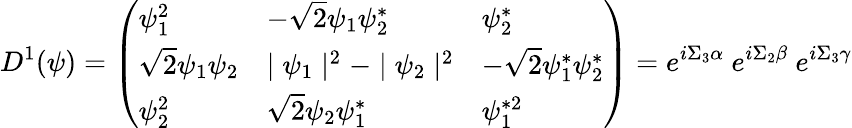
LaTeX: D^{1}(\psi)=\left(\begin{array}{lll}{{\psi_{1}^{2}}}&{{-\sqrt{2}\psi_{1}\psi_{2}^{*}}}&{{\psi_{2}^{*}}}\\ {{\sqrt{2}\psi_{1}\psi_{2}}}&{{\mid\psi_{1}\mid^{2}-\mid\psi_{2}\mid^{2}}}&{{-\sqrt{2}\psi_{1}^{*}\psi_{2}^{*}}}\\ {{\psi_{2}^{2}}}&{{\sqrt{2}\psi_{2}\psi_{1}^{*}}}&{{\psi_{1}^{*2}}}\end{array}\right)=e^{i\Sigma_{3}\alpha}~e^{i\Sigma_{2}\beta}~e^{i\Sigma_{3}\gamma}